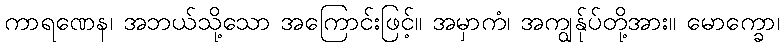
ကာရဏေန၊ အဘယ်သို့သော အကြောင်းဖြင့်။ အမှာကံ၊ အကျွန်ုပ်တို့အား။ မောက္ခော၊